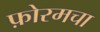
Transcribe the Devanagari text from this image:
फ़ोरमचा